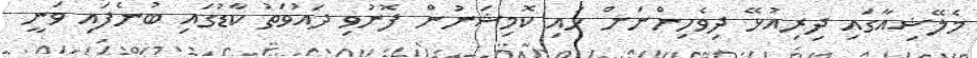
މެލޭޝިއާގައި ދިރިއުޅޭ ދިވެހިންނަށް ހައި ކޮމިޝަނުން ފޮނުވި ދައުވަތު ކާޑުގައި ބުނެފައި ވަނީ